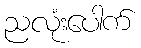
ညလုံးပေါက်